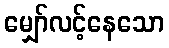
မျှော်လင့်နေသော